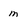
Character: m